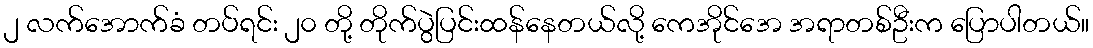
၂ လက်အောက်ခံ တပ်ရင်း ၂၀ တို့ တိုက်ပွဲပြင်းထန်နေတယ်လို့ ကေအိုင်အေ အရာတစ်ဦးက ပြောပါတယ်။